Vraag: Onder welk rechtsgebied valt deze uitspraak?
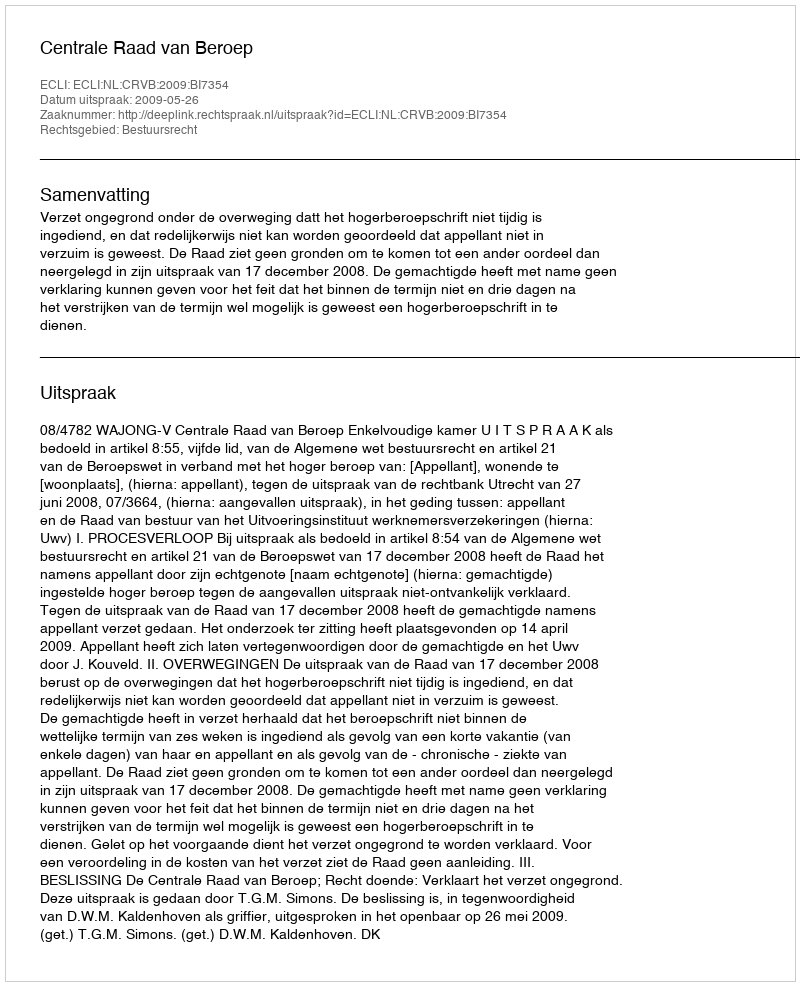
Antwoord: Bestuursrecht